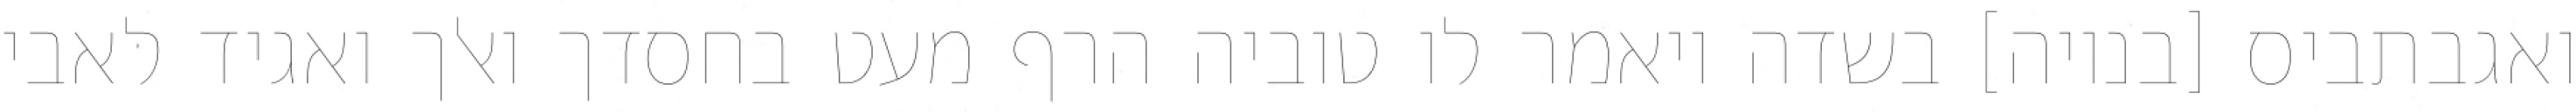
ואגבתביס [בנויה] בשדה ויאמר לו טוביה הרף מעט בחסדך ואלך ואגיד לאבי